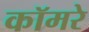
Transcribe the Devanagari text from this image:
कॉमरे